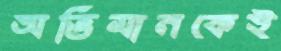
অভিমানকেই